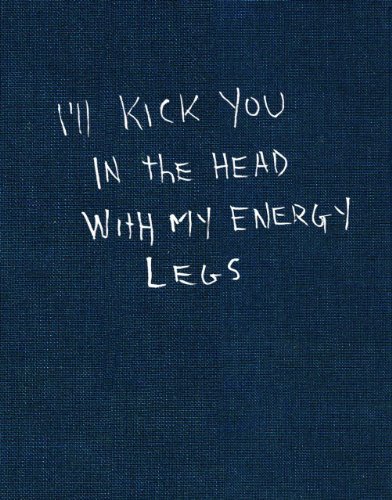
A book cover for I'll Kick You In The Head With My Energy Legs; Jonnie Craig; Sports & Outdoors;